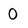
Character: 0